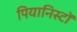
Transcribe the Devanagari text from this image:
पियानिस्टों